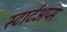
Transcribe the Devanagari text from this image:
स्टार्टअप्स